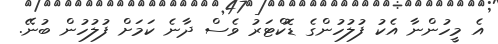
އެ މީހުންނާ އެކު ފުލުހުންގެ ޑޮކްޓަރު ވެސް ދާނެ ކަމަށް ފުލުހުން ބުނޭ.